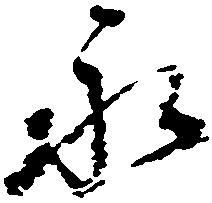
永